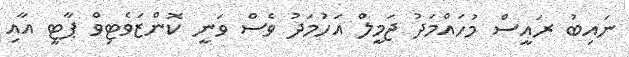
ނައިބު ރައީސް މުހައްމަދު ޖަމީލް އަހުމަދު ވެސް ވަނީ ކޮންޒަވެޓިވް ޕާޓީ އާއި